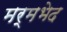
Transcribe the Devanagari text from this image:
मर्मभेद